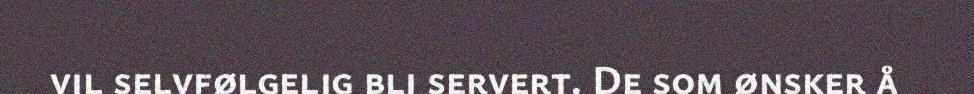
vil selvfølgelig bli servert. De som ønsker å